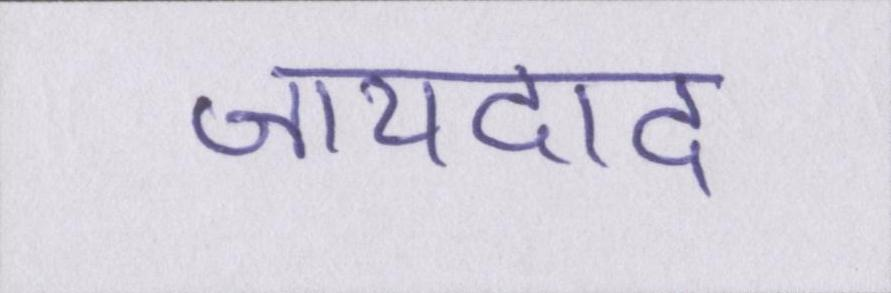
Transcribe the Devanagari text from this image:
जायदाद